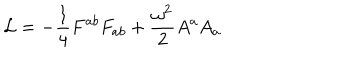
{ \cal L } = - { \frac { 1 } { 4 } } { F ^ { a b } F _ { a b } } + { \frac { \omega ^ { 2 } } { 2 } } A ^ { a } A _ { a }